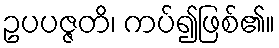
ဥပပဇ္ဇတိ၊ ကပ်၍ဖြစ်၏။